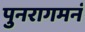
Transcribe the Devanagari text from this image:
पुनरागमनं